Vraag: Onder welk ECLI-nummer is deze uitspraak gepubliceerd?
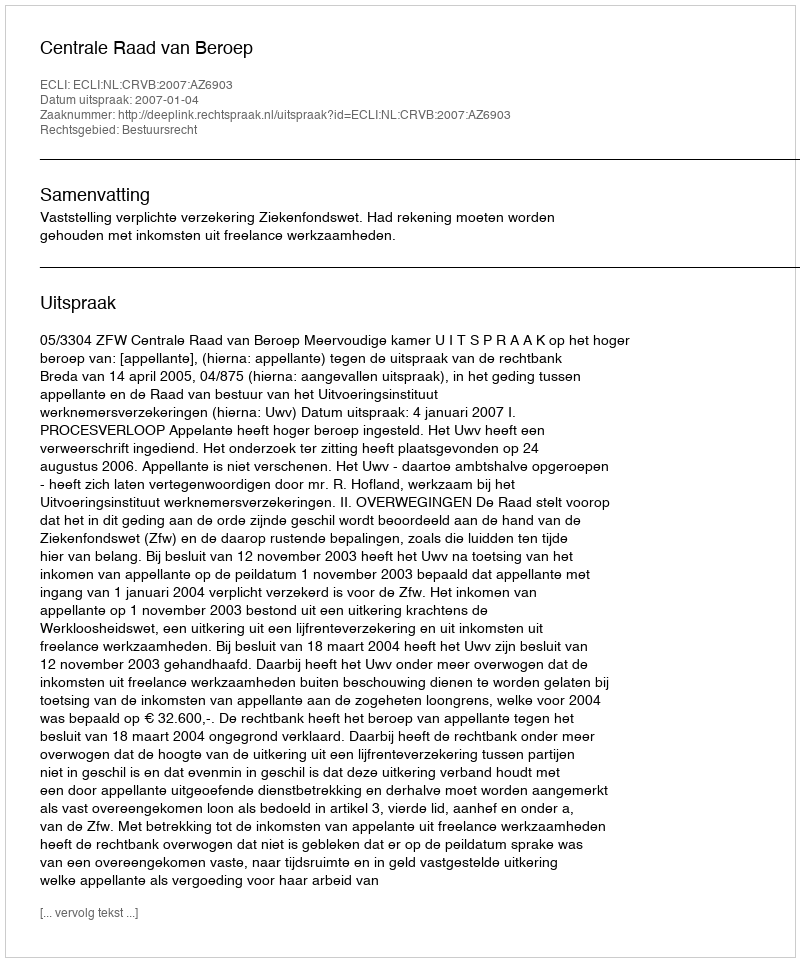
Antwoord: ECLI:NL:CRVB:2007:AZ6903